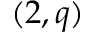
( 2 , q )